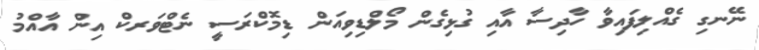
ނޭނގި ގެއްލިފައިވާ ހާދިސާ އާއި ގުޅިގެން މޯލްޑިވިއަން ޑިމޮކްރަސީ ނެޓްވަރކް އިން އާއްމު